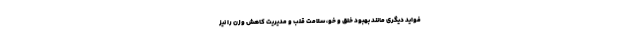
فواید دیگری مانند بهبود خلق و خو، سلامت قلب و مدیریت کاهش وزن را نیز